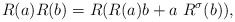
\begin{align*}R(a)R(b) = R(R(a) b + a\ R^\sigma(b)),\end{align*}